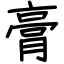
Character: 膏